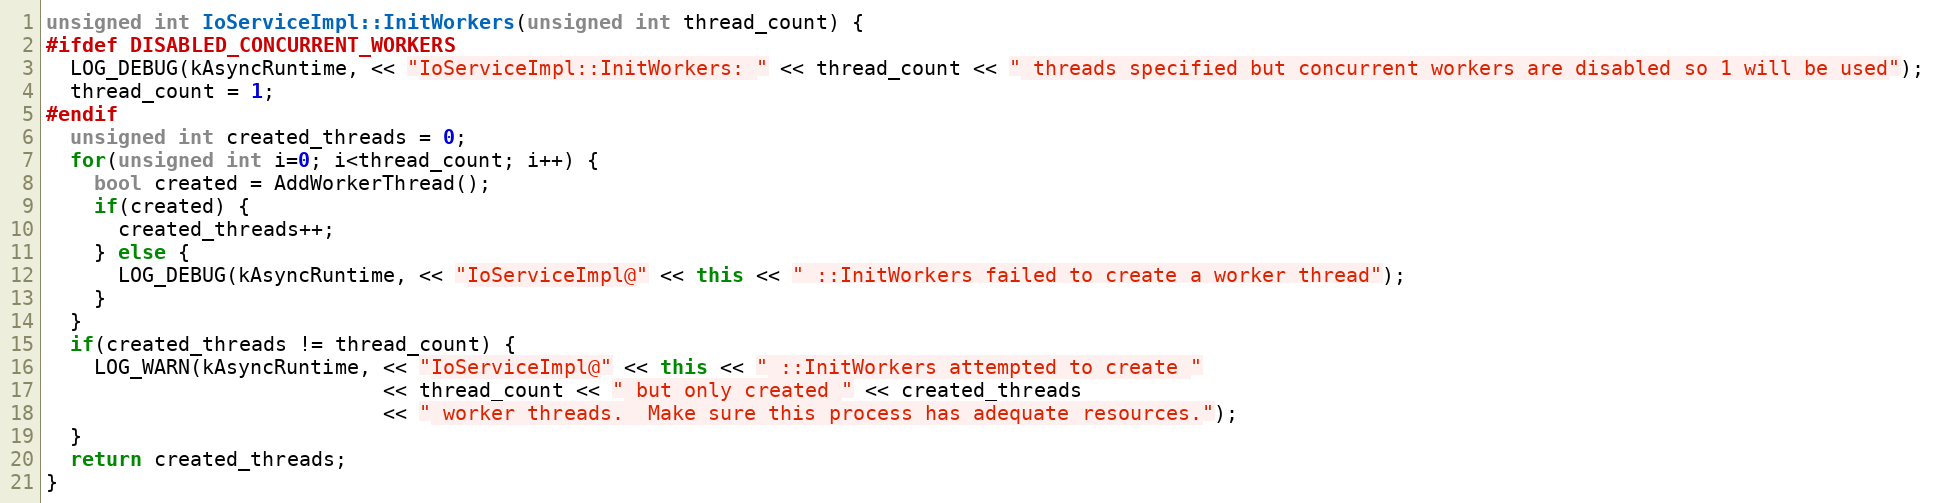
Language: C++
unsigned int IoServiceImpl::InitWorkers(unsigned int thread_count) {
#ifdef DISABLED_CONCURRENT_WORKERS
  LOG_DEBUG(kAsyncRuntime, << "IoServiceImpl::InitWorkers: " << thread_count << " threads specified but concurrent workers are disabled so 1 will be used");
  thread_count = 1;
#endif
  unsigned int created_threads = 0;
  for(unsigned int i=0; i<thread_count; i++) {
    bool created = AddWorkerThread();
    if(created) {
      created_threads++;
    } else {
      LOG_DEBUG(kAsyncRuntime, << "IoServiceImpl@" << this << " ::InitWorkers failed to create a worker thread");
    }
  }
  if(created_threads != thread_count) {
    LOG_WARN(kAsyncRuntime, << "IoServiceImpl@" << this << " ::InitWorkers attempted to create "
                            << thread_count << " but only created " << created_threads
                            << " worker threads.  Make sure this process has adequate resources.");
  }
  return created_threads;
}